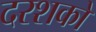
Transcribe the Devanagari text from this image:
दरशको